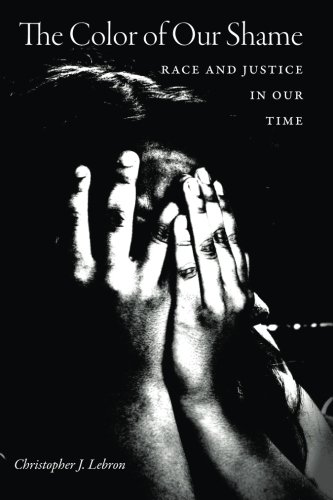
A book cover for The Color of Our Shame: Race and Justice in Our Time; Christopher J. Lebron; Law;